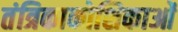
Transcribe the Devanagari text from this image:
तंत्रिकाकोशिकाओं